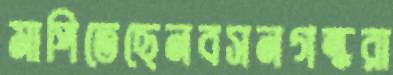
মাপিতেছেনবসনগন্ধরা